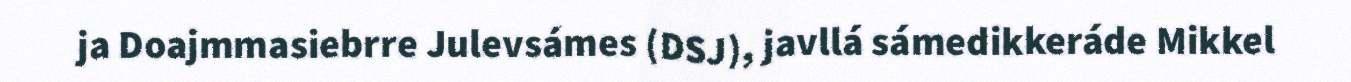
ja Doajmmasiebrre Julevsámes (DSJ), javllá sámedikkeráde Mikkel